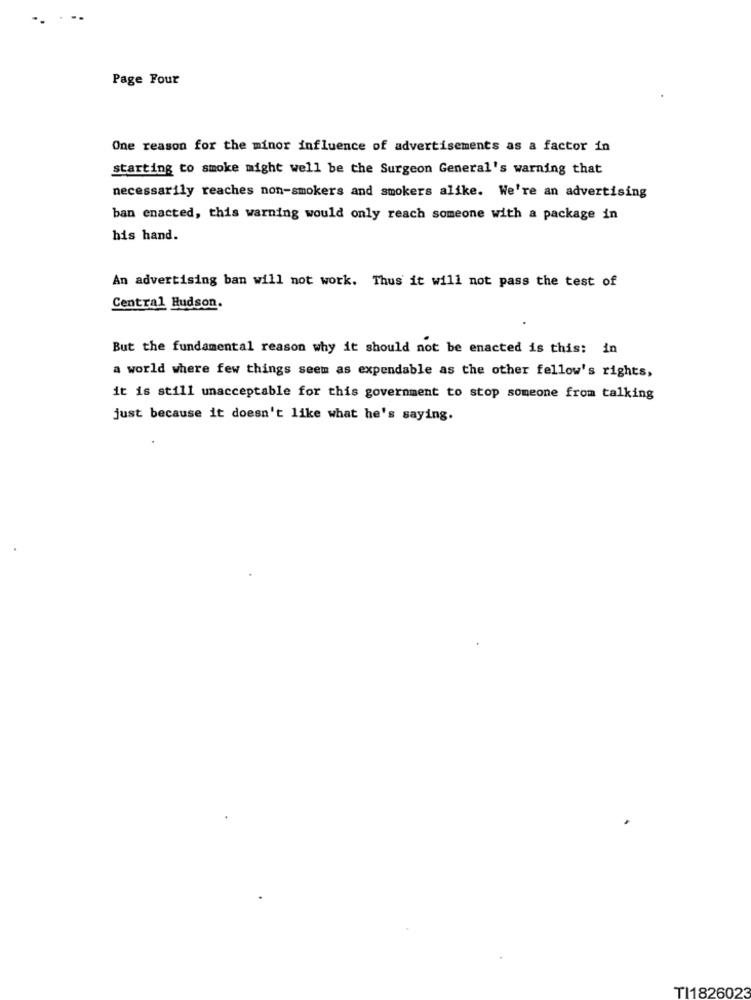
Page Four
One reason for the minor influence of advertisements as a factor in
starting to smoke might well be the Surgeon General's warning that
necessarily reaches non-smokers and smokers alike. We're an advertising
ban enacted, this warning would only reach someone with a package in
his hand.
An advertising ban will not work. Thus it will not pass the test of
Central Hudson.
But the fundamental reason why it should not be enacted is this: in
a world where few things seem as expendable as the other fellow's rights,
it is still unacceptable for this government to stop someone from talking
just because it doesn't like what he's saying.
TI1826023